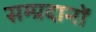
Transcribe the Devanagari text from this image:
सम्प्रदानों